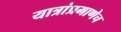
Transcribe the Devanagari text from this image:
यात्रांप्रमाणेच